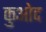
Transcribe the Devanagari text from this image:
कुओद